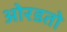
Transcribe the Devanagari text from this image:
ओरडतो